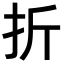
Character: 折